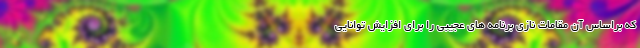
که براساس آن مقامات نازی برنامه های عجیبی را برای افزایش توانایی